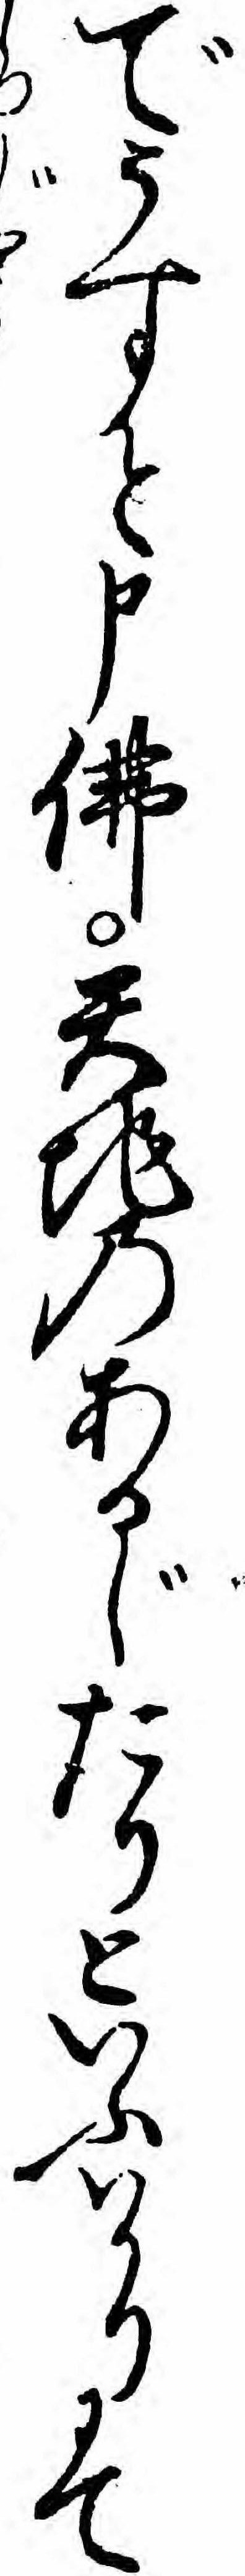
でうすと申仏天地のあるじたりといふハかりにて